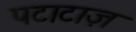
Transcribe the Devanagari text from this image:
पटाटाज़